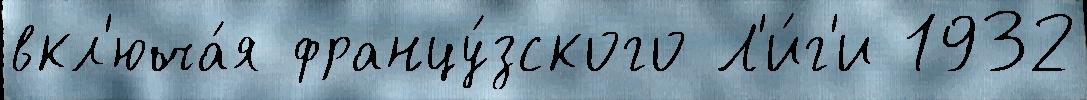
вкл'юча́я францу́зского Л'и́г'и 1932